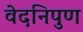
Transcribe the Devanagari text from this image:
वेदनिपुण